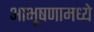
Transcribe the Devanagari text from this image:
आभूषणामध्ये